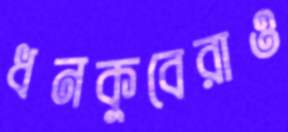
ধনকুবেরাও